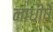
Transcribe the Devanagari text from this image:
नाधीषे